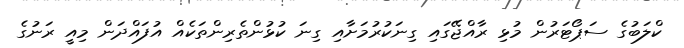
ކްލަބުގެ ސަޕޯޓަރުން މުޅި ރާއްޖޭގައި ގިނަކުރުމަށާއި ގިނަ ކުޅުންތެރިންތަކެއް އުފައްދަން މިއީ ރަނުގެ